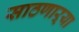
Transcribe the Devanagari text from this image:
साठणाऱ्या